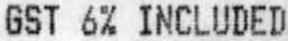
GST 6% INCLUDED